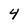
Character: 4